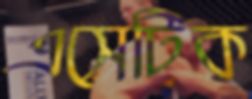
এসেটিক